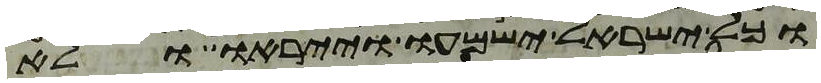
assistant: וכל ישראל ישמעו וייראו ולא